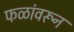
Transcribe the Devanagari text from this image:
फळांवरून